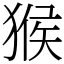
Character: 猴